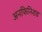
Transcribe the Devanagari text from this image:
अनफिनिशड